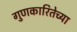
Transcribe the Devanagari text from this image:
गुणकारितेच्या